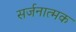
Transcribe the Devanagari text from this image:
सर्जनात्‍मक